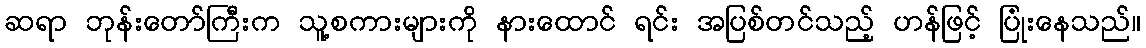
ဆရာ ဘုန်းတော်ကြီးက သူ့စကားများကို နားထောင် ရင်း အပြစ်တင်သည့် ဟန်ဖြင့် ပြုံးနေသည်။